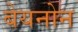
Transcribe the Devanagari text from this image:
बेयनोन